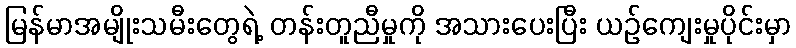
မြန်မာအမျိုးသမီးတွေရဲ့ တန်းတူညီမှုကို အသားပေးပြီး ယဉ်ကျေးမှုပိုင်းမှာ